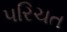
પરિચત